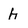
Character: h